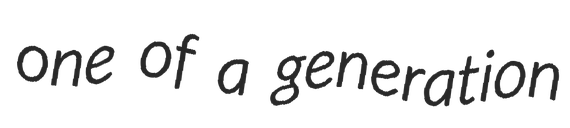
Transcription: one of a generation